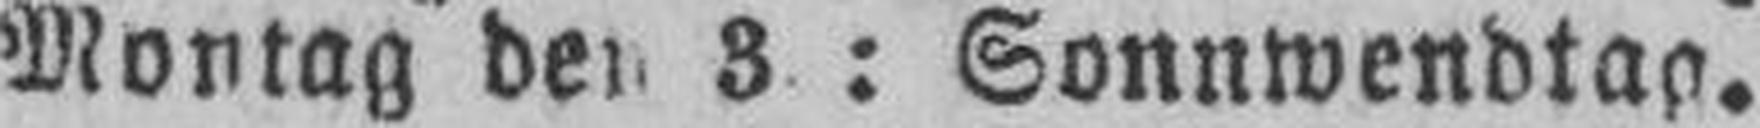
Montag den 3.: Sonnwendtag.